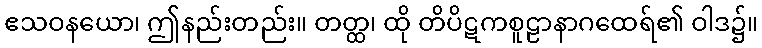
ဧသဝနယော၊ ဤနည်းတည်း။ တတ္ထ၊ ထို တိပိဋကစူဠာနာဂထေရ်၏ ဝါဒ၌။